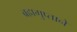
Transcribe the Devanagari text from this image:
ब्रह्मगुप्ताने